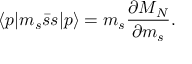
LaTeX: \langle p | m _ { s } \bar { s } s | p \rangle = m _ { s } \frac { \partial M _ { N } } { \partial m _ { s } } .